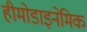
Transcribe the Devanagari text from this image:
हीमोडाइनेमिक